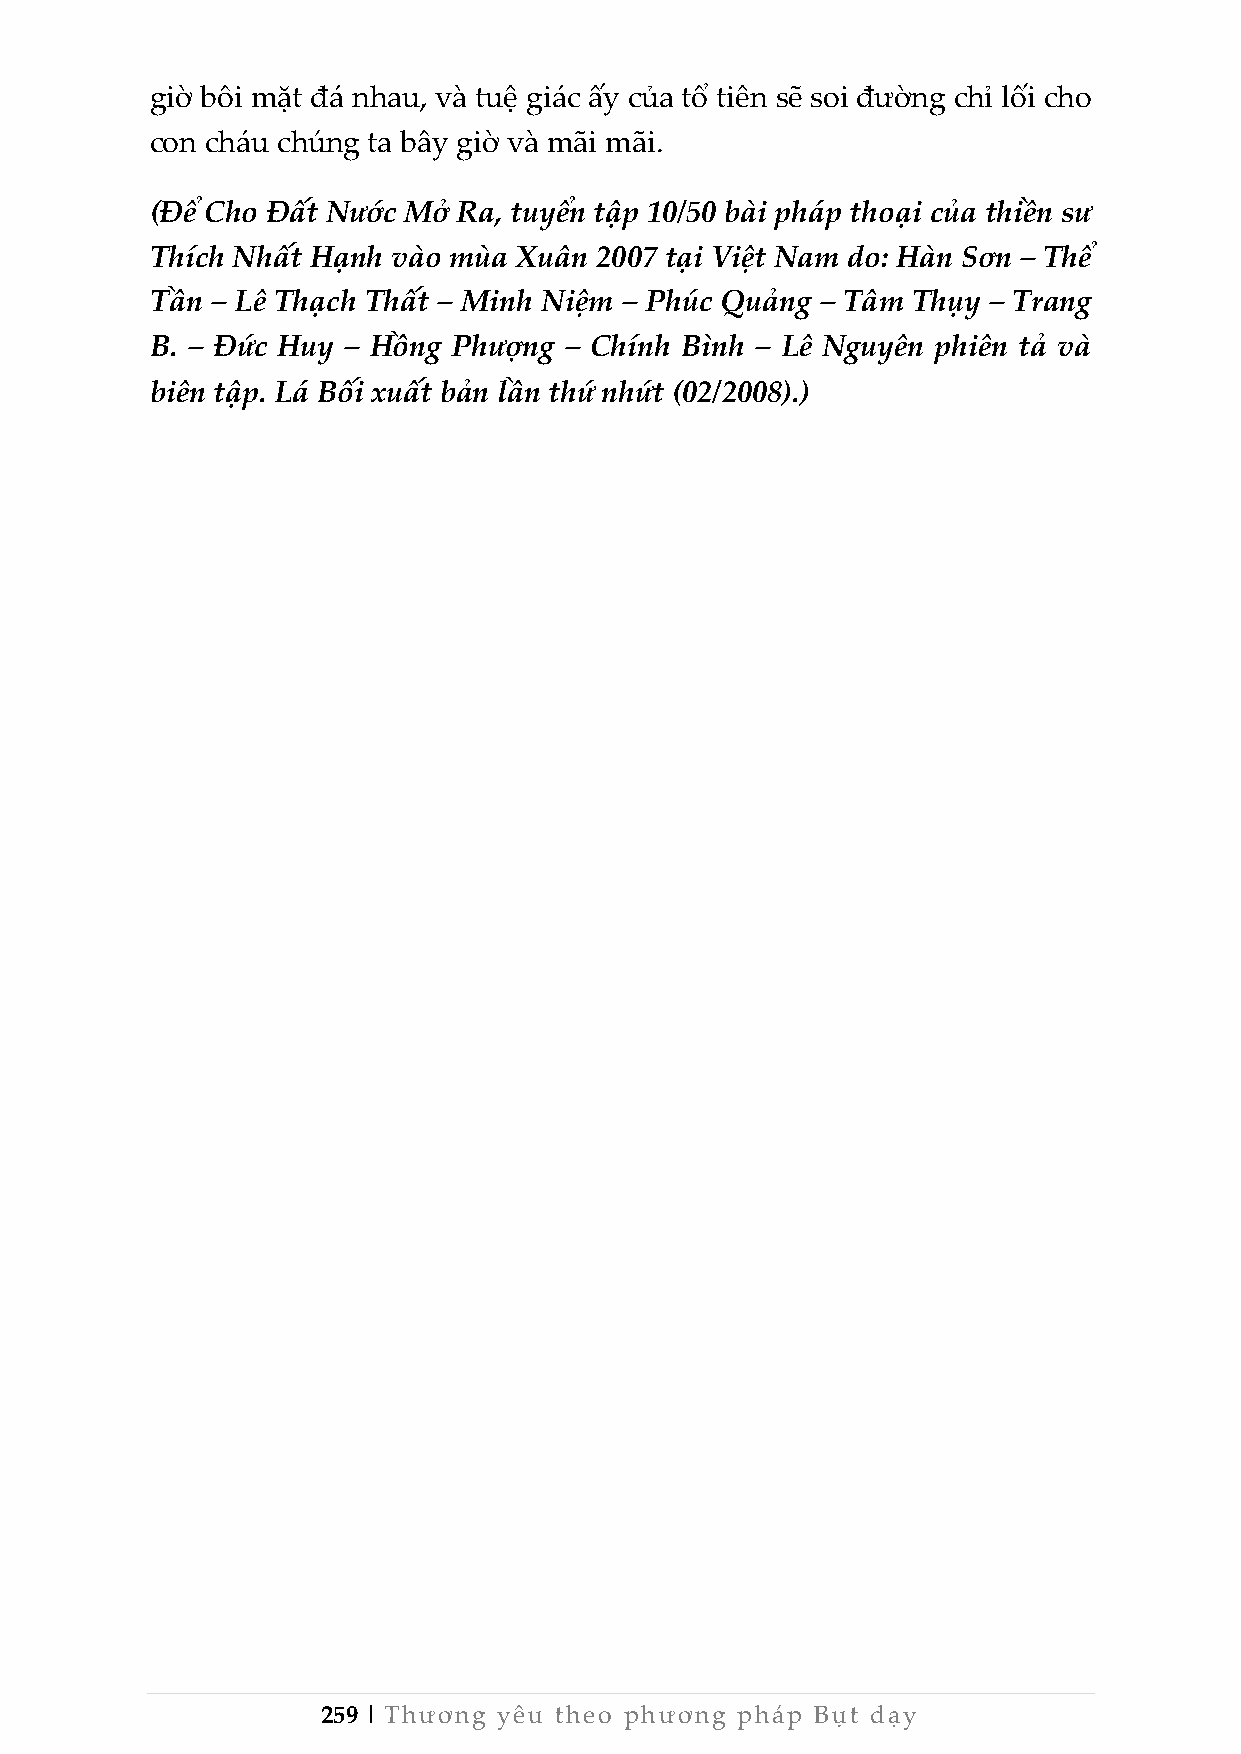
giờ bôi mặt đá nhau, và tuệ giác ấy của tổ tiên sẽ soi đường chỉ lối cho
 con cháu chúng ta bây giờ và mãi mãi.
 (Để Cho Đất Nước Mở Ra, tuyển tập 10/50 bài pháp thoại của thiền sư
 Thích Nhất Hạnh vào mùa Xuân 2007 tại Việt Nam do: Hàn Sơn – Thể
 Tần – Lê Thạch Thất – Minh Niệm – Phúc Quảng – Tâm Thụy – Trang
 B. – Đức Huy – Hồng Phượng – Chính Bình – Lê Nguyên phiên tả và
 biên tập. Lá Bối xuất bản lần thứ nhứt (02/2008).)
 259 | Thương yêu theo phương pháp Bụt dạy